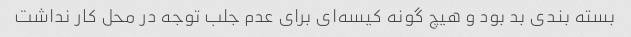
بسته بندی بد بود و هیچ گونه کیسه‌ای برای عدم جلب توجه در محل کار نداشت